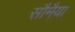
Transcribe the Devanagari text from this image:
सौमैया